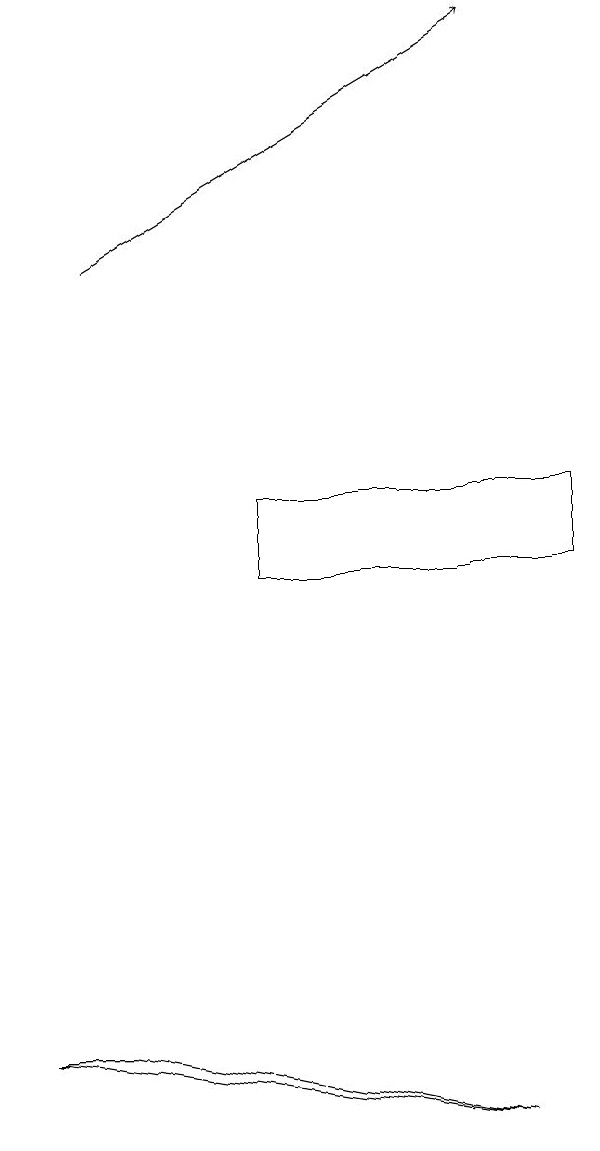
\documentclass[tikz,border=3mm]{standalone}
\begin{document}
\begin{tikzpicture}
\draw[->] (3,15) -- (8,18);
\draw (3,5) -- (8,4) -- (2,5) -- cycle;
\draw (5,12) rectangle (9,11);
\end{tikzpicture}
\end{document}